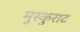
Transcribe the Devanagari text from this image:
मुस्कुराट